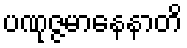
ပဏုဇ္ဇမာနေနာတိ